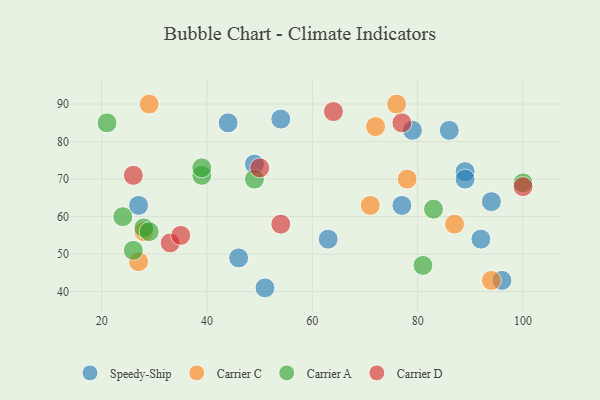
{"axis": {"x": "GDP", "y": "Life Expectancy"}, "legend": ["Carrier A", "Carrier C", "Carrier D", "Speedy-Ship"], "data": [{"x": "89", "y": 72, "type": "Speedy-Ship"}, {"x": "44", "y": 85, "type": "Speedy-Ship"}, {"x": "89", "y": 70, "type": "Speedy-Ship"}, {"x": "63", "y": 54, "type": "Speedy-Ship"}, {"x": "96", "y": 43, "type": "Speedy-Ship"}, {"x": "77", "y": 63, "type": "Speedy-Ship"}, {"x": "79", "y": 83, "type": "Speedy-Ship"}, {"x": "49", "y": 74, "type": "Speedy-Ship"}, {"x": "94", "y": 64, "type": "Speedy-Ship"}, {"x": "86", "y": 83, "type": "Speedy-Ship"}, {"x": "51", "y": 41, "type": "Speedy-Ship"}, {"x": "54", "y": 86, "type": "Speedy-Ship"}, {"x": "92", "y": 54, "type": "Speedy-Ship"}, {"x": "27", "y": 63, "type": "Speedy-Ship"}, {"x": "46", "y": 49, "type": "Speedy-Ship"}, {"x": "29", "y": 90, "type": "Carrier C"}, {"x": "27", "y": 48, "type": "Carrier C"}, {"x": "71", "y": 63, "type": "Carrier C"}, {"x": "78", "y": 70, "type": "Carrier C"}, {"x": "76", "y": 90, "type": "Carrier C"}, {"x": "87", "y": 58, "type": "Carrier C"}, {"x": "94", "y": 43, "type": "Carrier C"}, {"x": "28", "y": 56, "type": "Carrier C"}, {"x": "72", "y": 84, "type": "Carrier C"}, {"x": "49", "y": 70, "type": "Carrier A"}, {"x": "24", "y": 60, "type": "Carrier A"}, {"x": "21", "y": 85, "type": "Carrier A"}, {"x": "39", "y": 71, "type": "Carrier A"}, {"x": "83", "y": 62, "type": "Carrier A"}, {"x": "39", "y": 73, "type": "Carrier A"}, {"x": "26", "y": 51, "type": "Carrier A"}, {"x": "100", "y": 69, "type": "Carrier A"}, {"x": "28", "y": 57, "type": "Carrier A"}, {"x": "81", "y": 47, "type": "Carrier A"}, {"x": "29", "y": 56, "type": "Carrier A"}, {"x": "26", "y": 71, "type": "Carrier D"}, {"x": "54", "y": 58, "type": "Carrier D"}, {"x": "77", "y": 85, "type": "Carrier D"}, {"x": "50", "y": 73, "type": "Carrier D"}, {"x": "33", "y": 53, "type": "Carrier D"}, {"x": "64", "y": 88, "type": "Carrier D"}, {"x": "100", "y": 68, "type": "Carrier D"}, {"x": "35", "y": 55, "type": "Carrier D"}]}